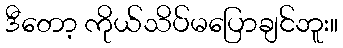
ဒီတော့ ကိုယ်သိပ်မပြောချင်ဘူး။